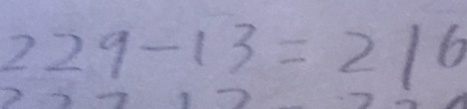
2 2 9 - 1 3 = 2 1 6